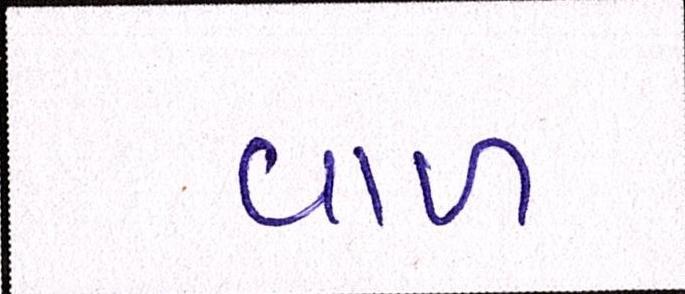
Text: વાળ